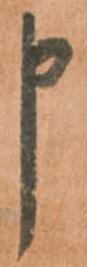
申